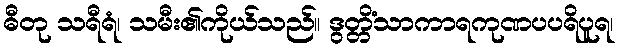
ဓီတု သရီရံ၊ သမီး၏ကိုယ်သည်။ ဒွတ္တိံသာကာရကုဏပပရိပူရ၊